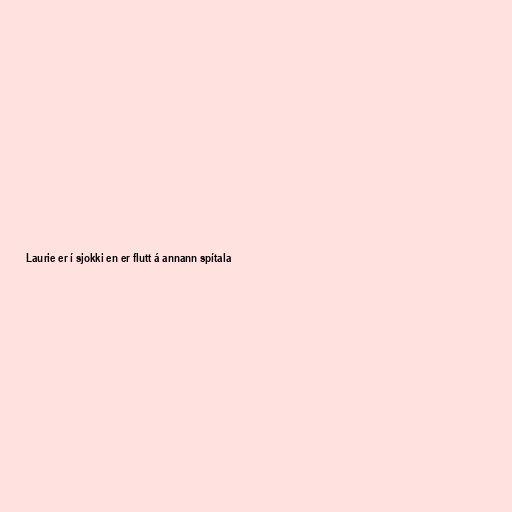
Laurie er í sjokki en er flutt á annann spítala